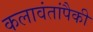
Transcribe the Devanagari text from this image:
कलावंतांपैकी